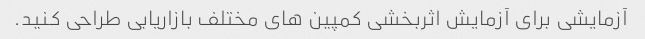
آزمایشی برای آزمایش اثربخشی کمپین های مختلف بازاریابی طراحی کنید.